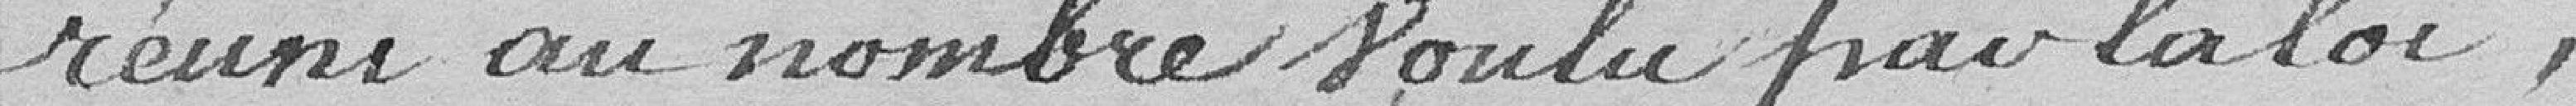
réuni au nombre voulu par la loi,